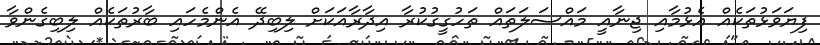
ފިޔަވަޅުތަކެއް އެޅުމާއި ޖިނާއީ މައްސަލަތައް ތަހުގީގުކުރާ އިދާރާއަކަށް ލިބިދޭ އެންމެހައި ބާރުތަކެއް ލިބިގެންވާ